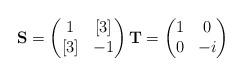
LaTeX: \begin{align*}\mathbf{S}=\begin{pmatrix} 1 & [3] \\ [3] & -1\end{pmatrix} \mathbf{T} = \begin{pmatrix} 1 & 0\\ 0 & -i\end{pmatrix}\end{align*}